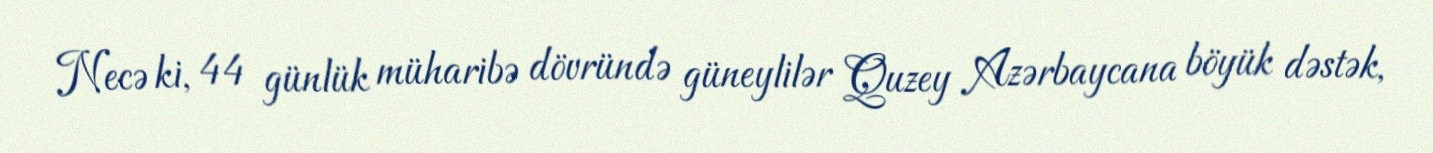
Necə ki, 44 günlük müharibə dövründə güneylilər Quzey Azərbaycana böyük dəstək,